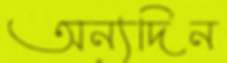
অন্যদিন